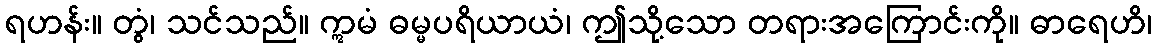
ရဟန်း။ တွံ၊ သင်သည်။ ဣမံ ဓမ္မပရိယာယံ၊ ဤသို့သော တရားအကြောင်းကို။ ဓာရေဟိ၊